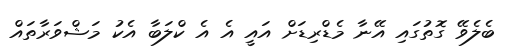
ބެލެވޭ ގޮތުގައި އޭނާ މެޑްރިޑަށް އައީ އެ އެ ކްލަބާ އެކު މަޝްވަރާތައް